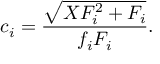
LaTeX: c _ { i } = \frac { \sqrt { X F _ { i } ^ { 2 } + F _ { i } } } { f _ { i } F _ { i } } .